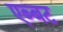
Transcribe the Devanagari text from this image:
एब्बट